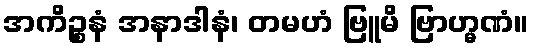
အကိဉ္စနံ အနာဒါနံ၊ တမဟံ ဗြူမိ ဗြာဟ္မဏံ။